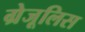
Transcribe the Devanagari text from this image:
ग्रेजूलिस